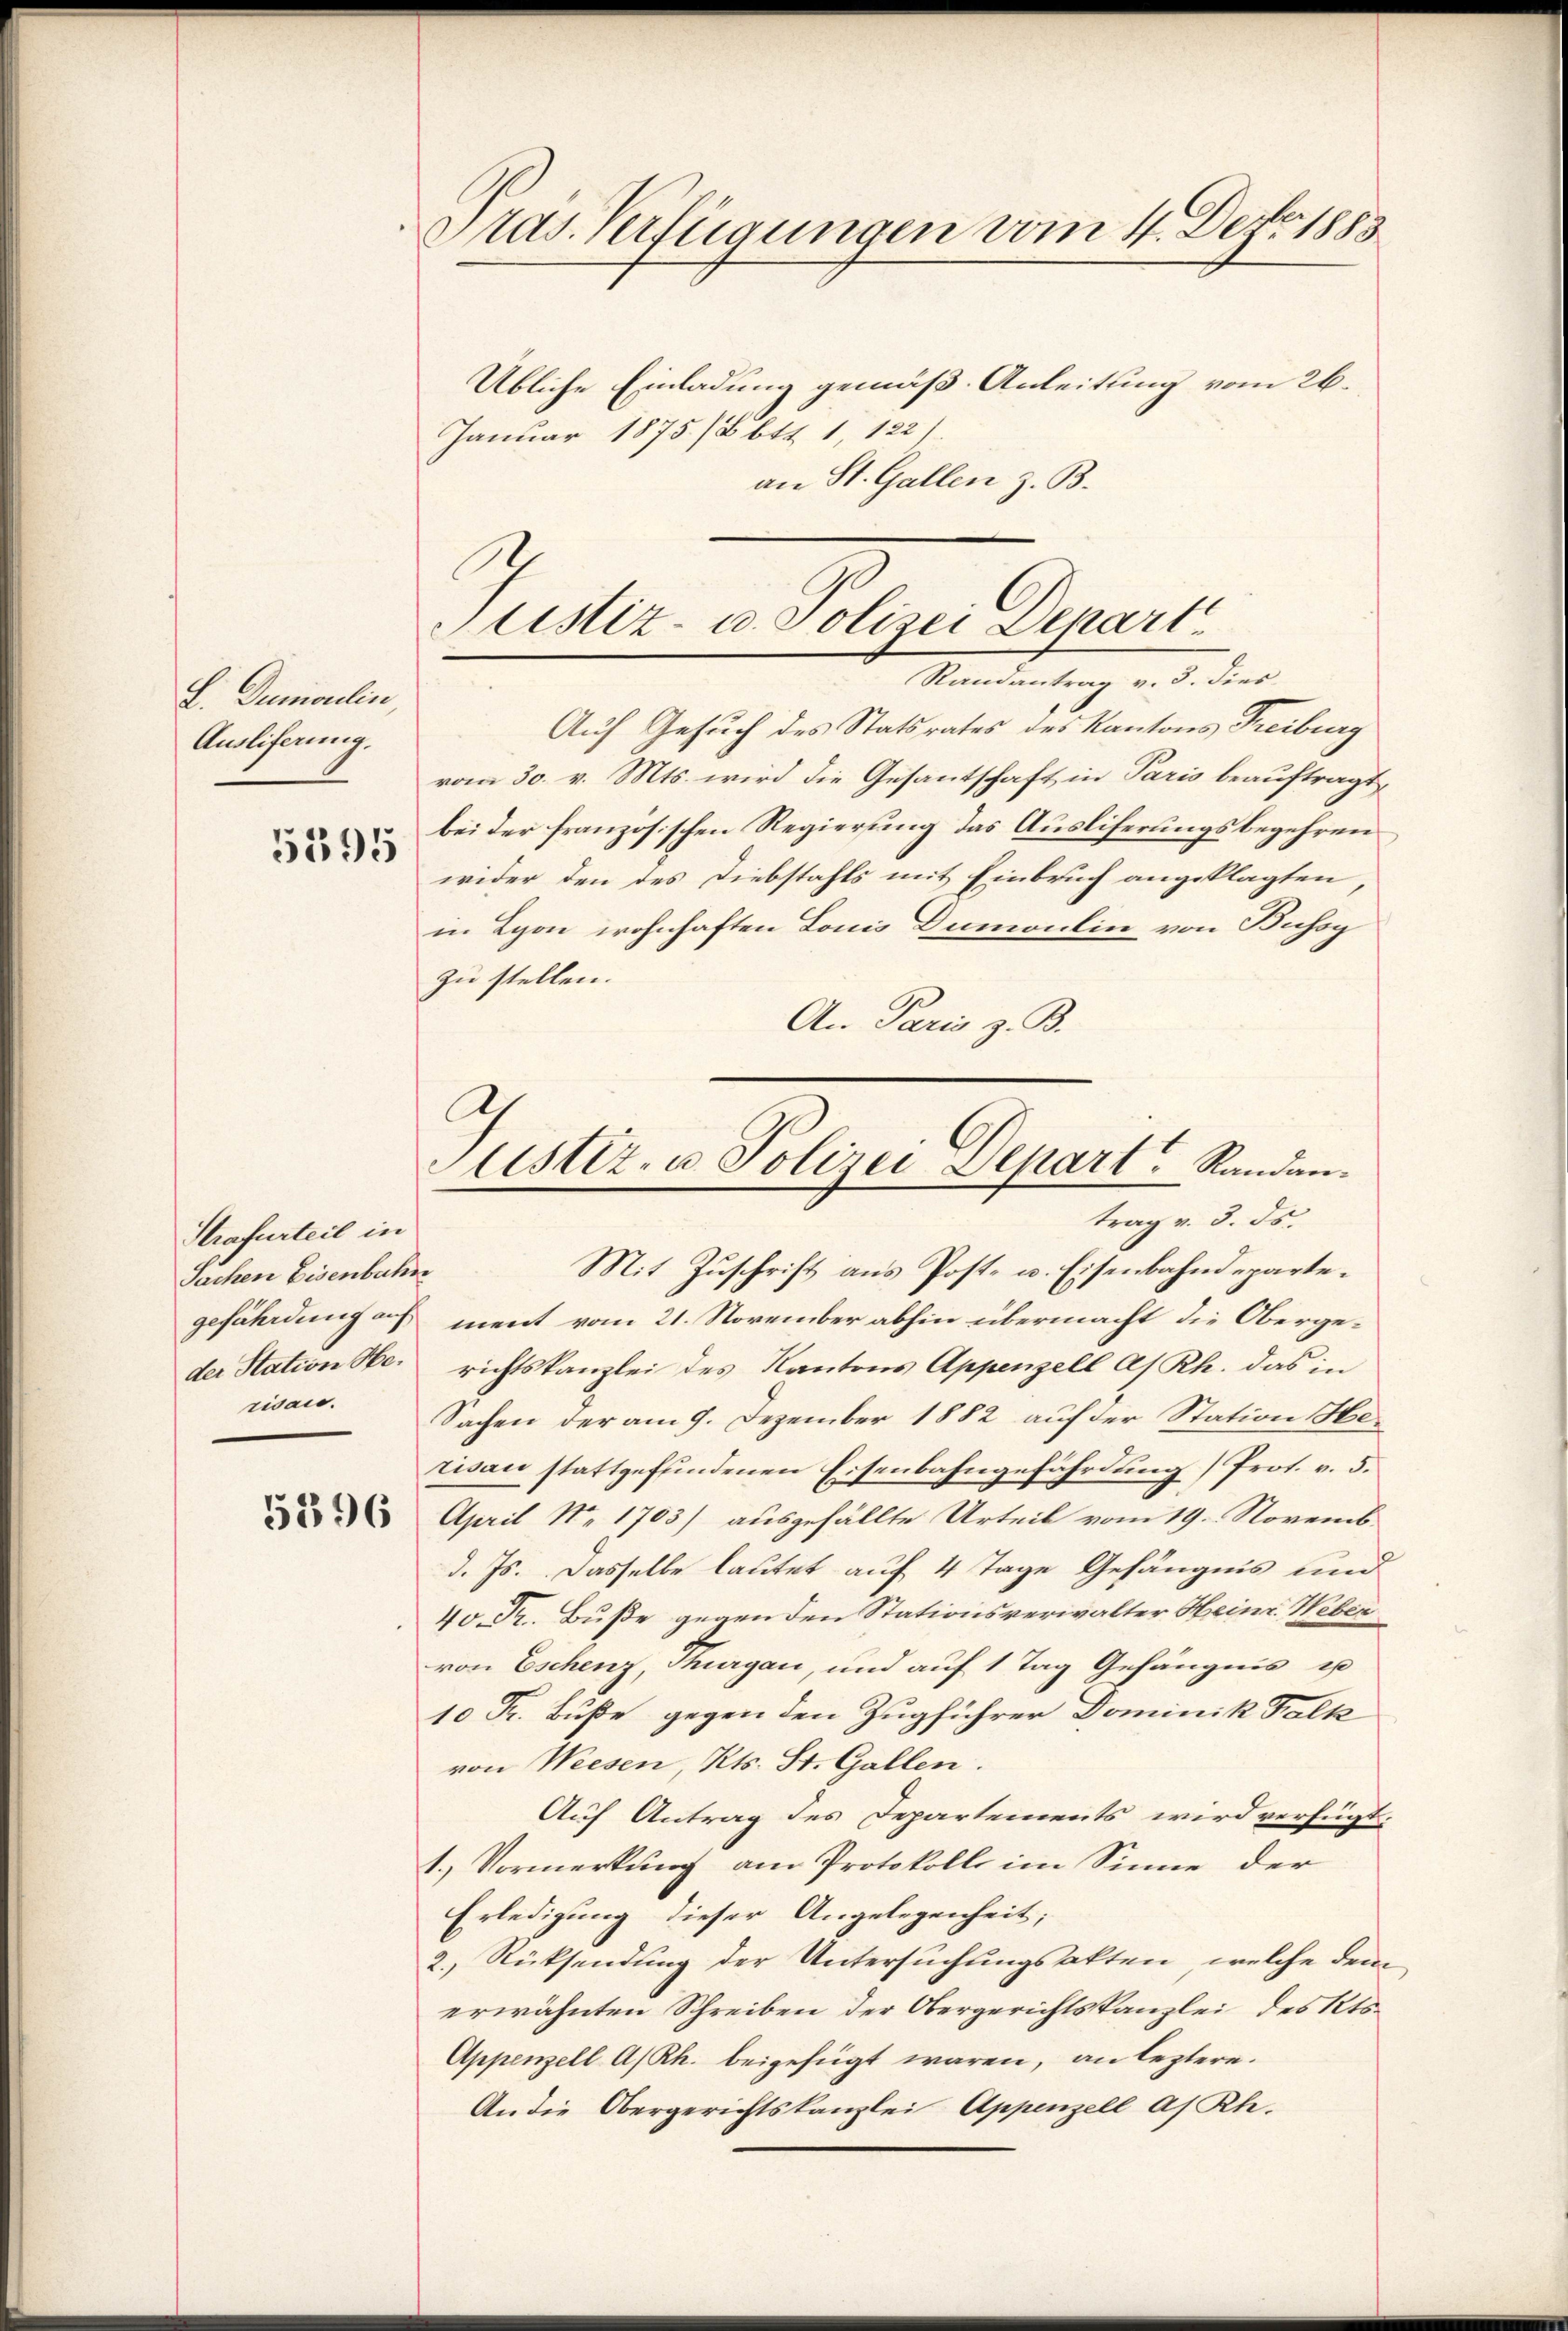
F. Dumoulin
Ausliferung.

5395

Strafurteil in
Sachen Eisenbahn
risau.

5396

Präs. Verfügungen vom 4. Dez. 1883.

Übliche Einladung gemäß Anleitung vom 26.
Januar 1875 /8 btt 1, 122.
an St. Gallen z. B.

8
Justiz- u. Polizei Depart
Randantrag v. 3. dies

Auf Gesuch des Statsrates des Kantons Freiburg
vom 30. v. Mts. wird die Gesantschaft in Paris beauftragt,
bei der französischen Regierung das Ausliferungsbegehren
wider den des Diebstahls mit Einbruch angeklagten,
in Lyon wohnhaften Lonis Dumontin von Bussy
zu stellen.
An Paris z. B.

Justiz- u Polizei Depart Randantrag v. 3. ds.

Mit Zuschrift aus Post- u. Eisenbahndepartegefährdung auf ment vom 21. November abhin übermacht die Obergeder Station Se. richtskanzlei des Kantons Appenzell As. Rh. das in
Sachen der am 9. Dezember 1882 auf der Station Hetivan stattgefundenen Eisenbahngefährdung) Prof. v. 5.
April No 1703) ausgefällte Urteil vom 19. Novemb
d. Js. dasselbe lautet auf 4 Tage Gefängnis und
40. Fr. Buße gegen den Stationsverwalter Heinr. Weber
von Eschenz, Thurgau, und auf 1 Tag Gefängnis u
10 Fr. Buße gegen den Zugführer Dominik Falk
von Weesen, Kts. St. Gallen.
Auf Antrag des Departements wird verfügt:
1.) Vormerkung am Protokolls im Sinne der
Erledigung dieser Angelegenheit,
2.) Rücksendung der Untersuchungsakten, welche dem
erwähnten Schreiben der Obergerichtskanzlei des Kts.
Appenzell A/Rh. beigefügt waren, an leztere.
An die Obergerichtskanzlei Appenzell a. Rh.